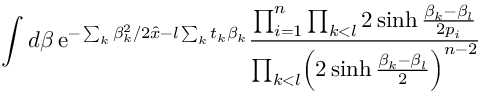
\int d \beta \, \mathrm { e } ^ { - \sum _ { k } \beta _ { k } ^ { 2 } / 2 \hat { x } - l \sum _ { k } t _ { k } \beta _ { k } } { \frac { \prod _ { i = 1 } ^ { n } \prod _ { k < l } 2 \sinh { \frac { \beta _ { k } - \beta _ { l } } { 2 p _ { i } } } } { \prod _ { k < l } \Bigl ( 2 \sinh { \frac { \beta _ { k } - \beta _ { l } } { 2 } } \Bigr ) ^ { n - 2 } } }